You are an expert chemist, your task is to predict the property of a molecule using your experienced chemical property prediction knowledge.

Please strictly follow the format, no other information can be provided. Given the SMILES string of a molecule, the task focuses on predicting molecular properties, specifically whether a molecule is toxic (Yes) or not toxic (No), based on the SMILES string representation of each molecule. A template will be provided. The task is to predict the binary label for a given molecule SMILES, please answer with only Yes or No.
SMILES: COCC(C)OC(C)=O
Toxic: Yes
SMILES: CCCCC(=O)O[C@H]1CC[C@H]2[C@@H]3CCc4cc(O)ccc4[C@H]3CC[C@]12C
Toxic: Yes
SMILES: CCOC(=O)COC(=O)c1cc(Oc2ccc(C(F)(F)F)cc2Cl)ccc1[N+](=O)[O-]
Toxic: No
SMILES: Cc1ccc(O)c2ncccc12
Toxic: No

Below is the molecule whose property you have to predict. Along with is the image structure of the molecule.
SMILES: COCCOCC(OC)OC
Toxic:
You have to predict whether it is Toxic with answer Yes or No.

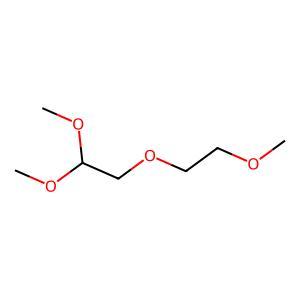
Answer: No